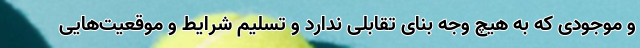
و موجودی که به هیچ وجه بنای تقابلی ندارد و تسلیم شرایط و موقعیت‌هایی